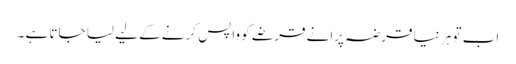
اب تو ہر نیا قرضہ پرانے قرضے کو واپس کرنے کے لیے لیا جاتا ہے ۔